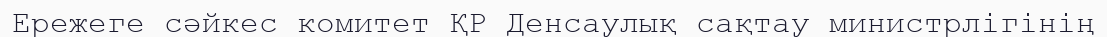
Ережеге сәйкес комитет ҚР Денсаулық сақтау министрлігінің